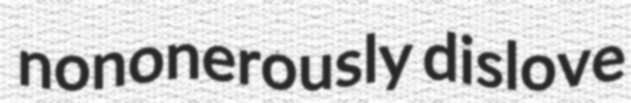
nononerously dislove